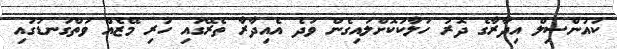
ކައުންސިލް އިދާރާގެ ދޮރު ހަލާކުކޮށްލައިގެން ވަދެ އެއިދާރާ ތެރޭގައި ހުރި މޭޒެއް ވަތްގަނޑުގައި